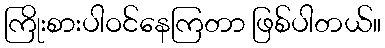
ကြိုးစားပါဝင်နေကြတာ ဖြစ်ပါတယ်။